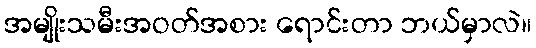
အမျိုးသမီးအဝတ်အစား ရောင်းတာ ဘယ်မှာလဲ။